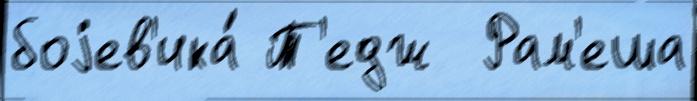
боjев'ика́ Т'едж  Рам'еша